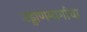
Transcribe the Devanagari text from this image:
उड्डाणमार्गाचा